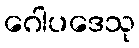
ဂေါပဒေသု